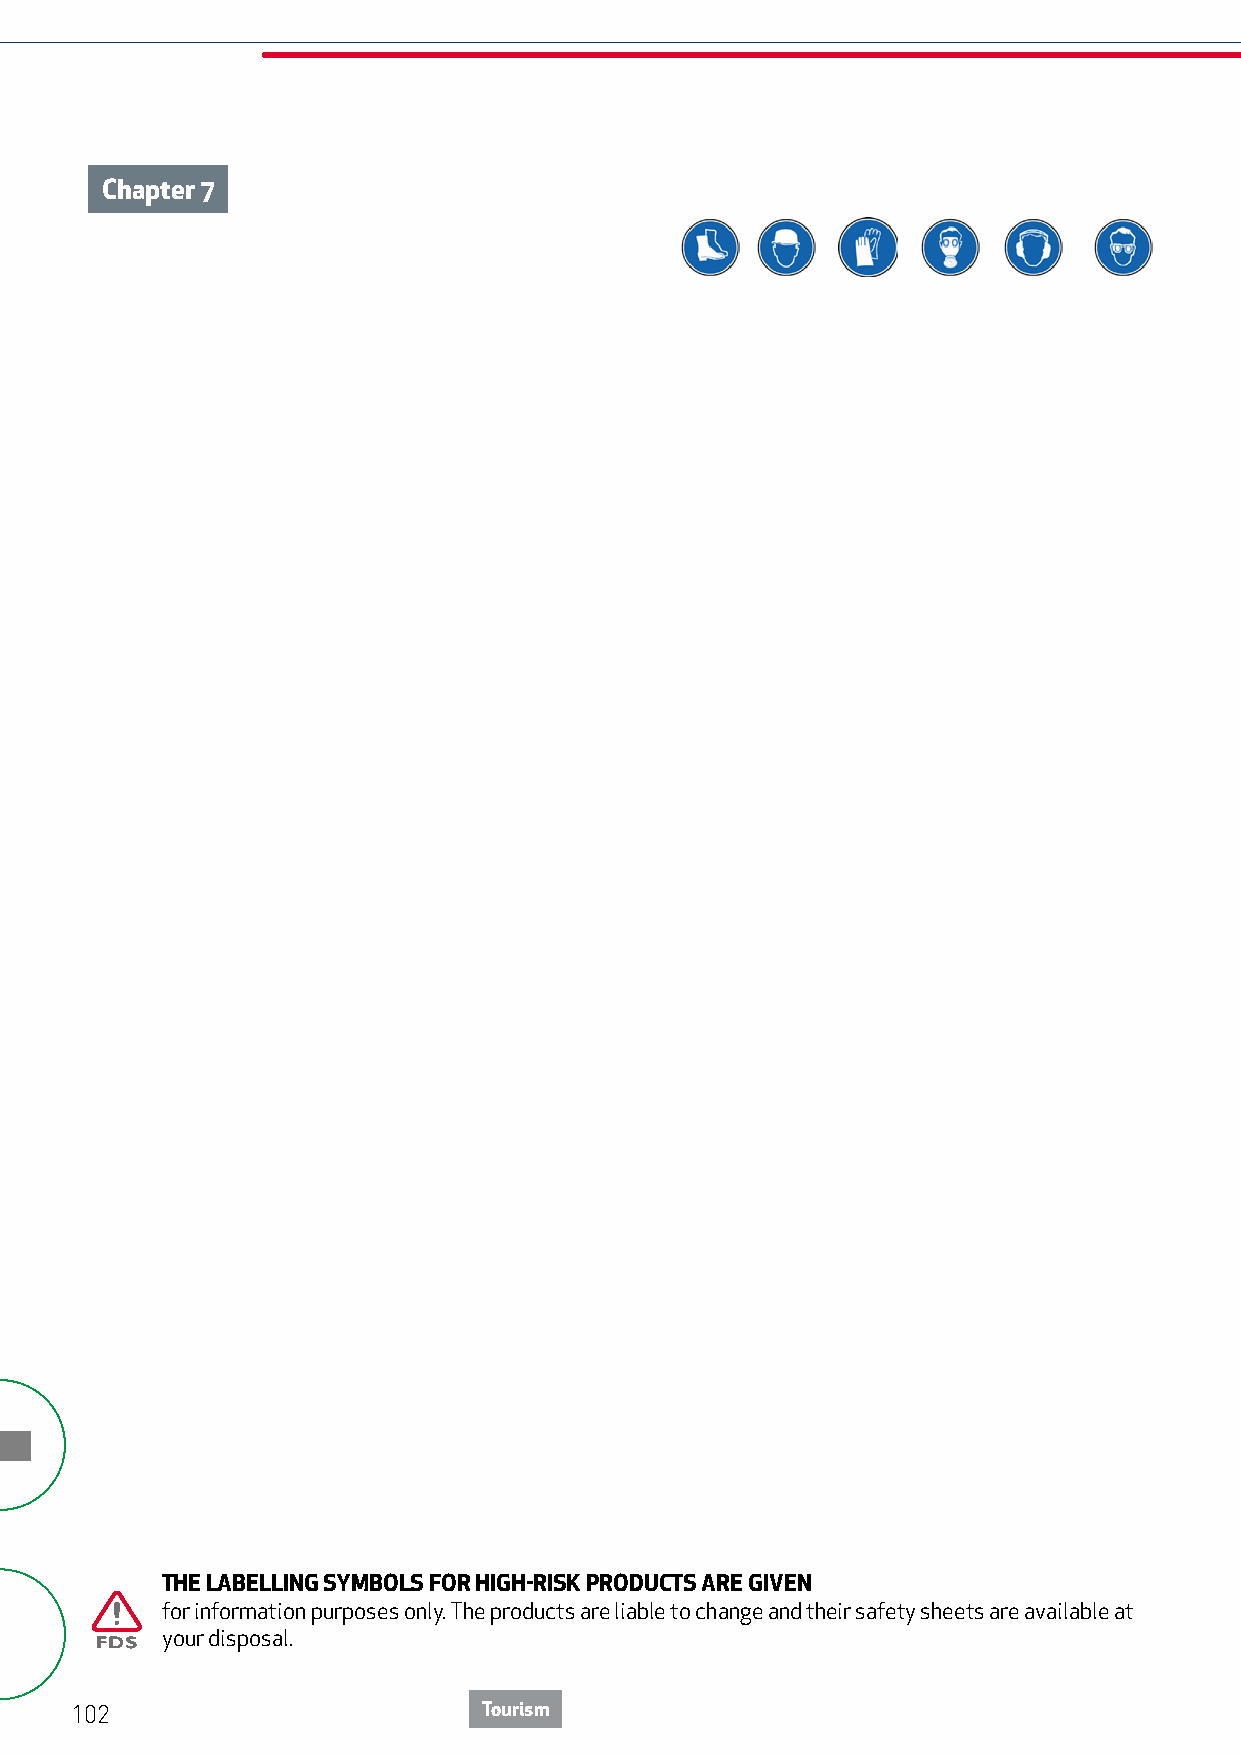
Chapter 7
 THE LABELLING SYMBOLS FOR HIGH-RISK PRODUCTS ARE GIVEN
 for information purposes only. The products are liable to change and their safety sheets are available at
 your disposal.
 102                        Tourism